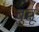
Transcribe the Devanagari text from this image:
बुच्चू